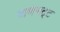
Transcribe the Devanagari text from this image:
बाणभट्‌ट